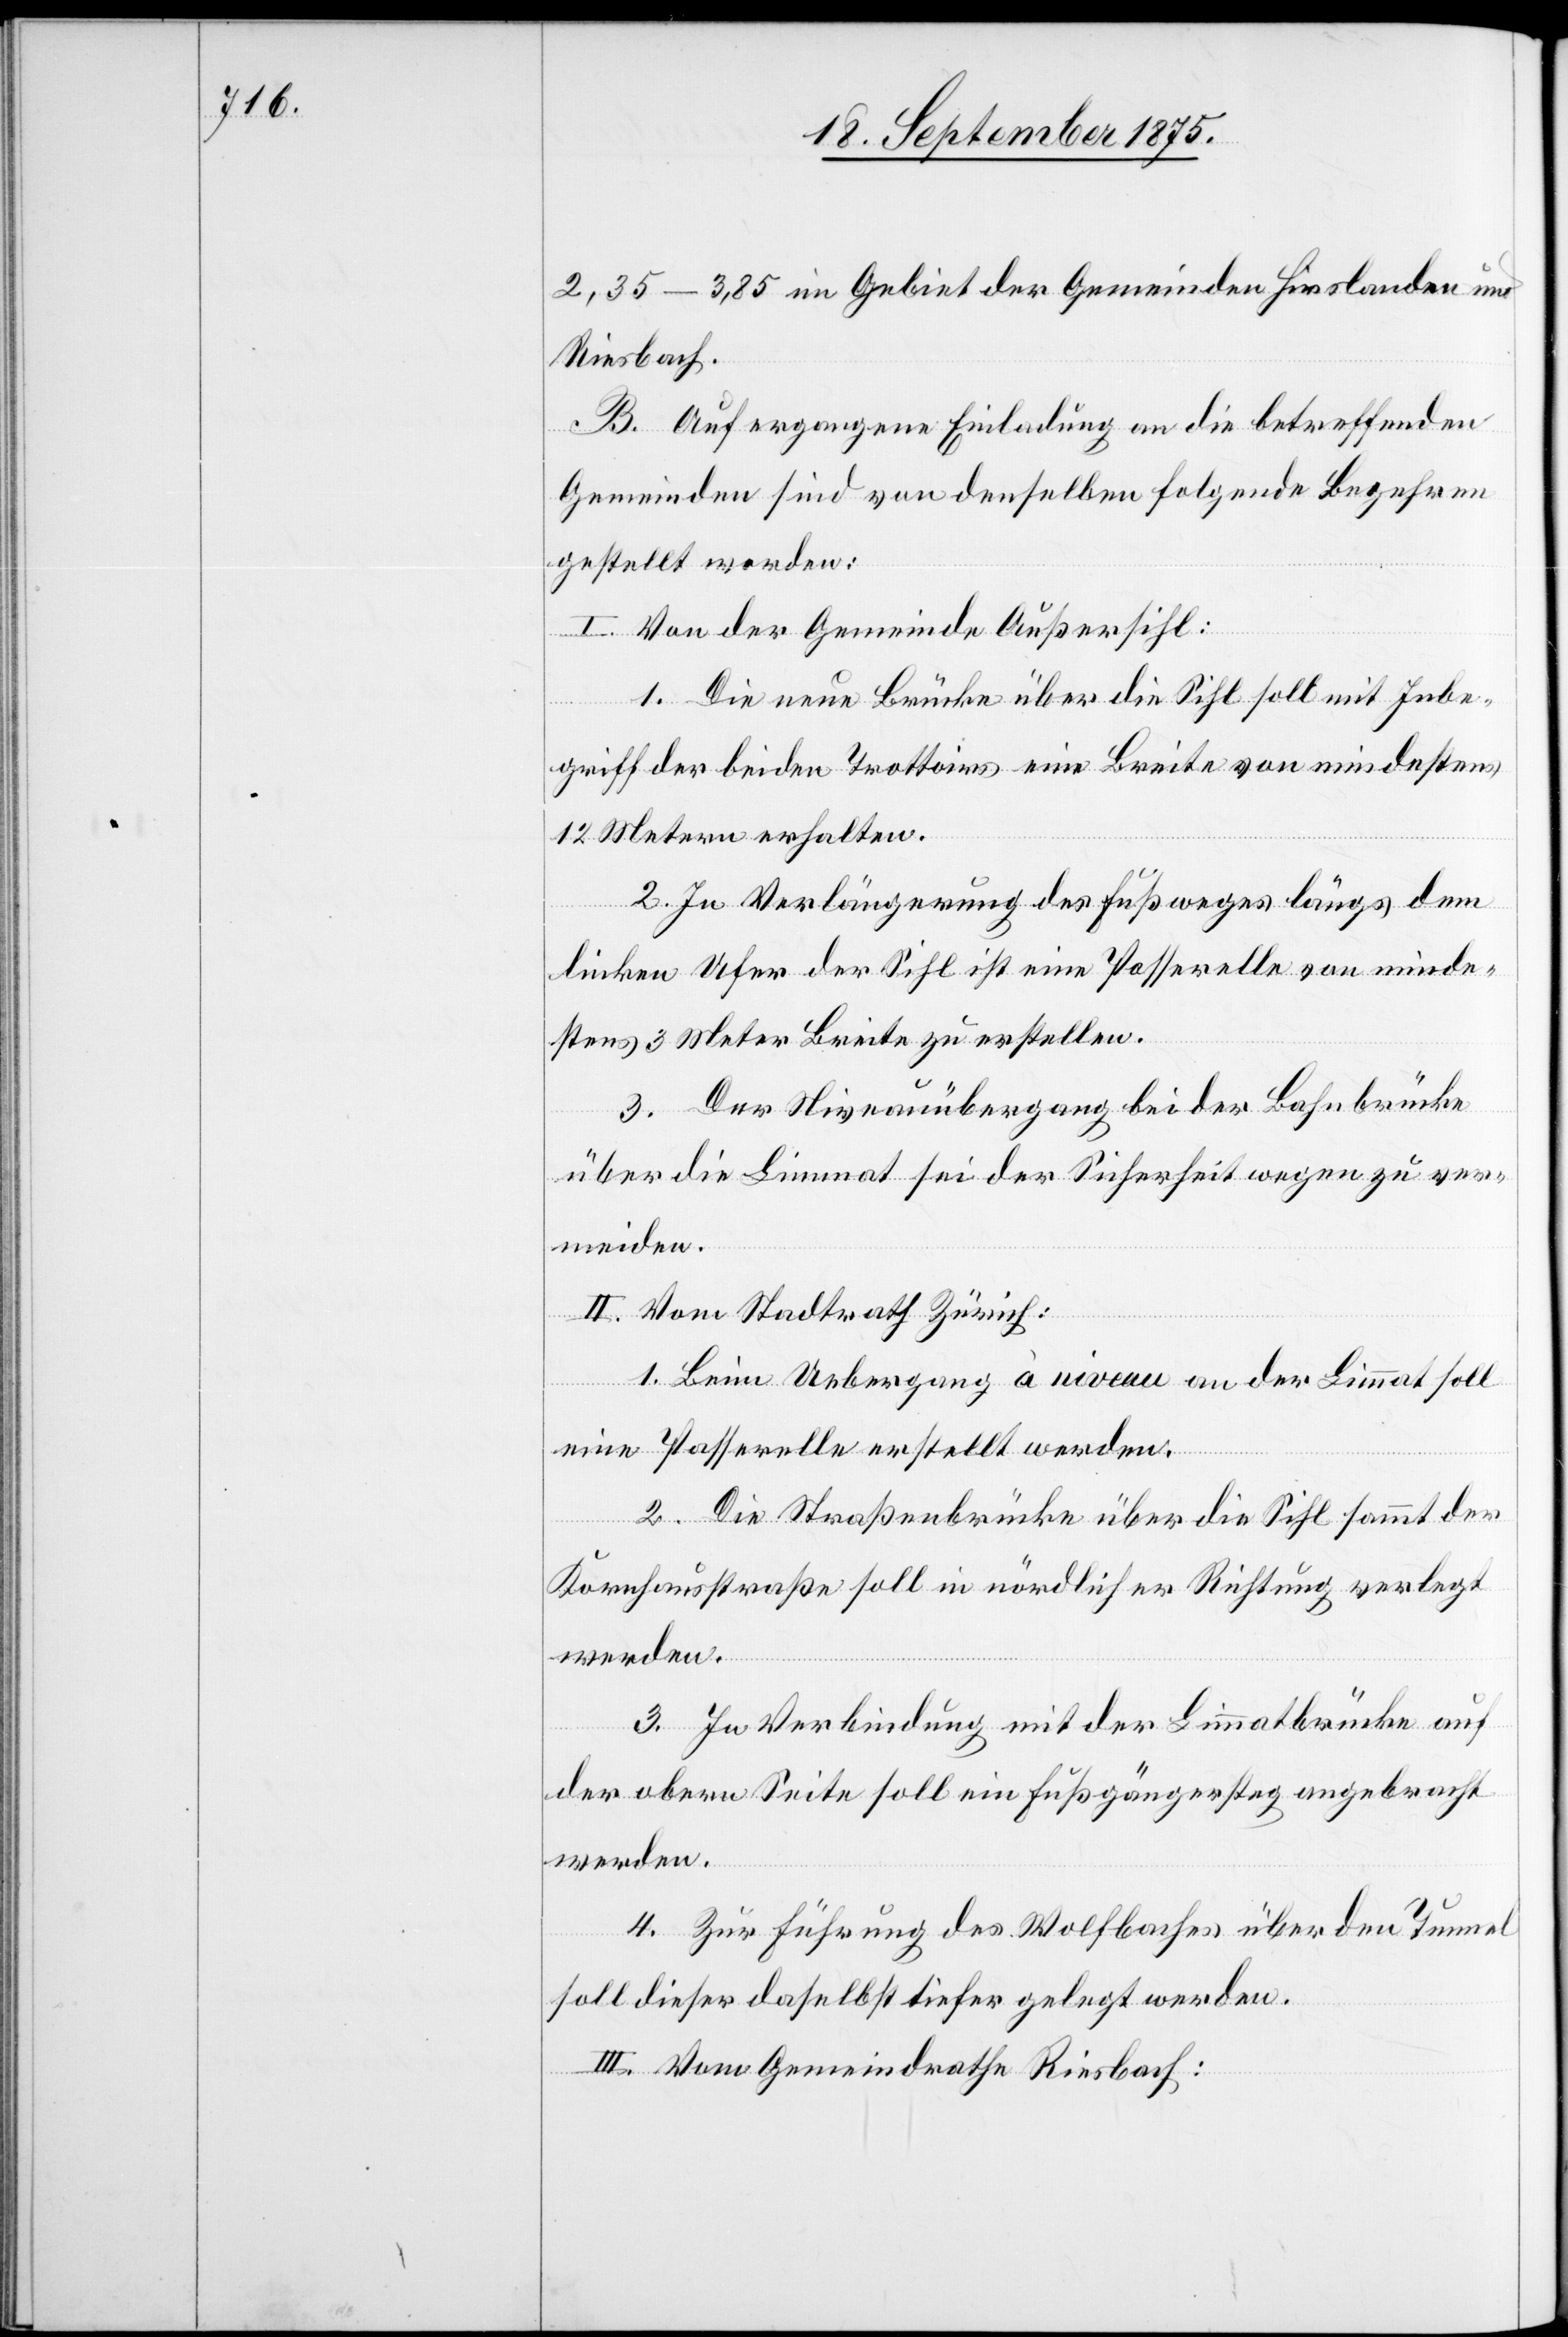
2,35–3,85 im Gebiet der Gemeinden Hirslanden und
Riesbach.
B. Auf ergangene Einladung an die betreffenden
Gemeinden sind von denselben folgende Begehren
gestellt worden:
I. Von der Gemeinde Außersihl:
1. Die neue Brücke über die Sihl soll mit Inbe¬
griff der beiden Trottoirs eine Breite von mindestens
12 Metern erhalten.
2. In Verlängerung des Fußweges längs dem
linken Ufer der Sihl ist eine Passerelle von minde¬
stens 3 Meter Breite zu erstellen.
3. Der Niveauübergang bei der Bahnbrücke
über die Limmat sei der Sicherheit wegen zu ver¬
meiden.
II. Vom Stadtrath Zürich:
1. Beim Uebergang à niveau an der Limmat soll
eine Passerelle erstellt werden.
2. Die Straßenbrücke über die Sihl sammt der
Kornhausstraße soll in nördlicher Richtung verlegt
werden.
3. In Verbindung mit der Limmatbrücke auf
der obern Seite soll ein Fußgängersteg angebracht
werden.
4. Zur Führung des Wolfbaches über den Tunnel
soll dieser daselbst tiefer gelegt werden.
III. Vom Gemeindrathe Riesbach: